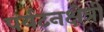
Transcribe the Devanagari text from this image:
पर्यटनक्षेत्री